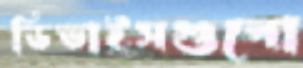
ডিভাইসগুলো